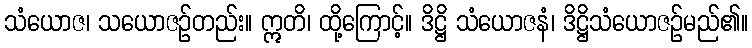
သံယောဇ၊ သယောဇဉ်တည်း။ ဣတိ၊ ထို့ကြောင့်။ ဒိဋ္ဌိ သံယောဇနံ၊ ဒိဋ္ဌိသံယောဇဉ်မည်၏။